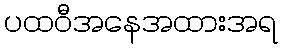
ပထဝီအနေအထားအရ